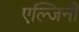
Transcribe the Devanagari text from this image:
एल्जिनी